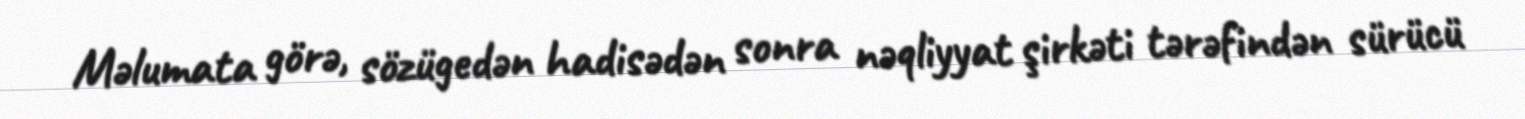
Məlumata görə, sözügedən hadisədən sonra nəqliyyat şirkəti tərəfindən sürücü